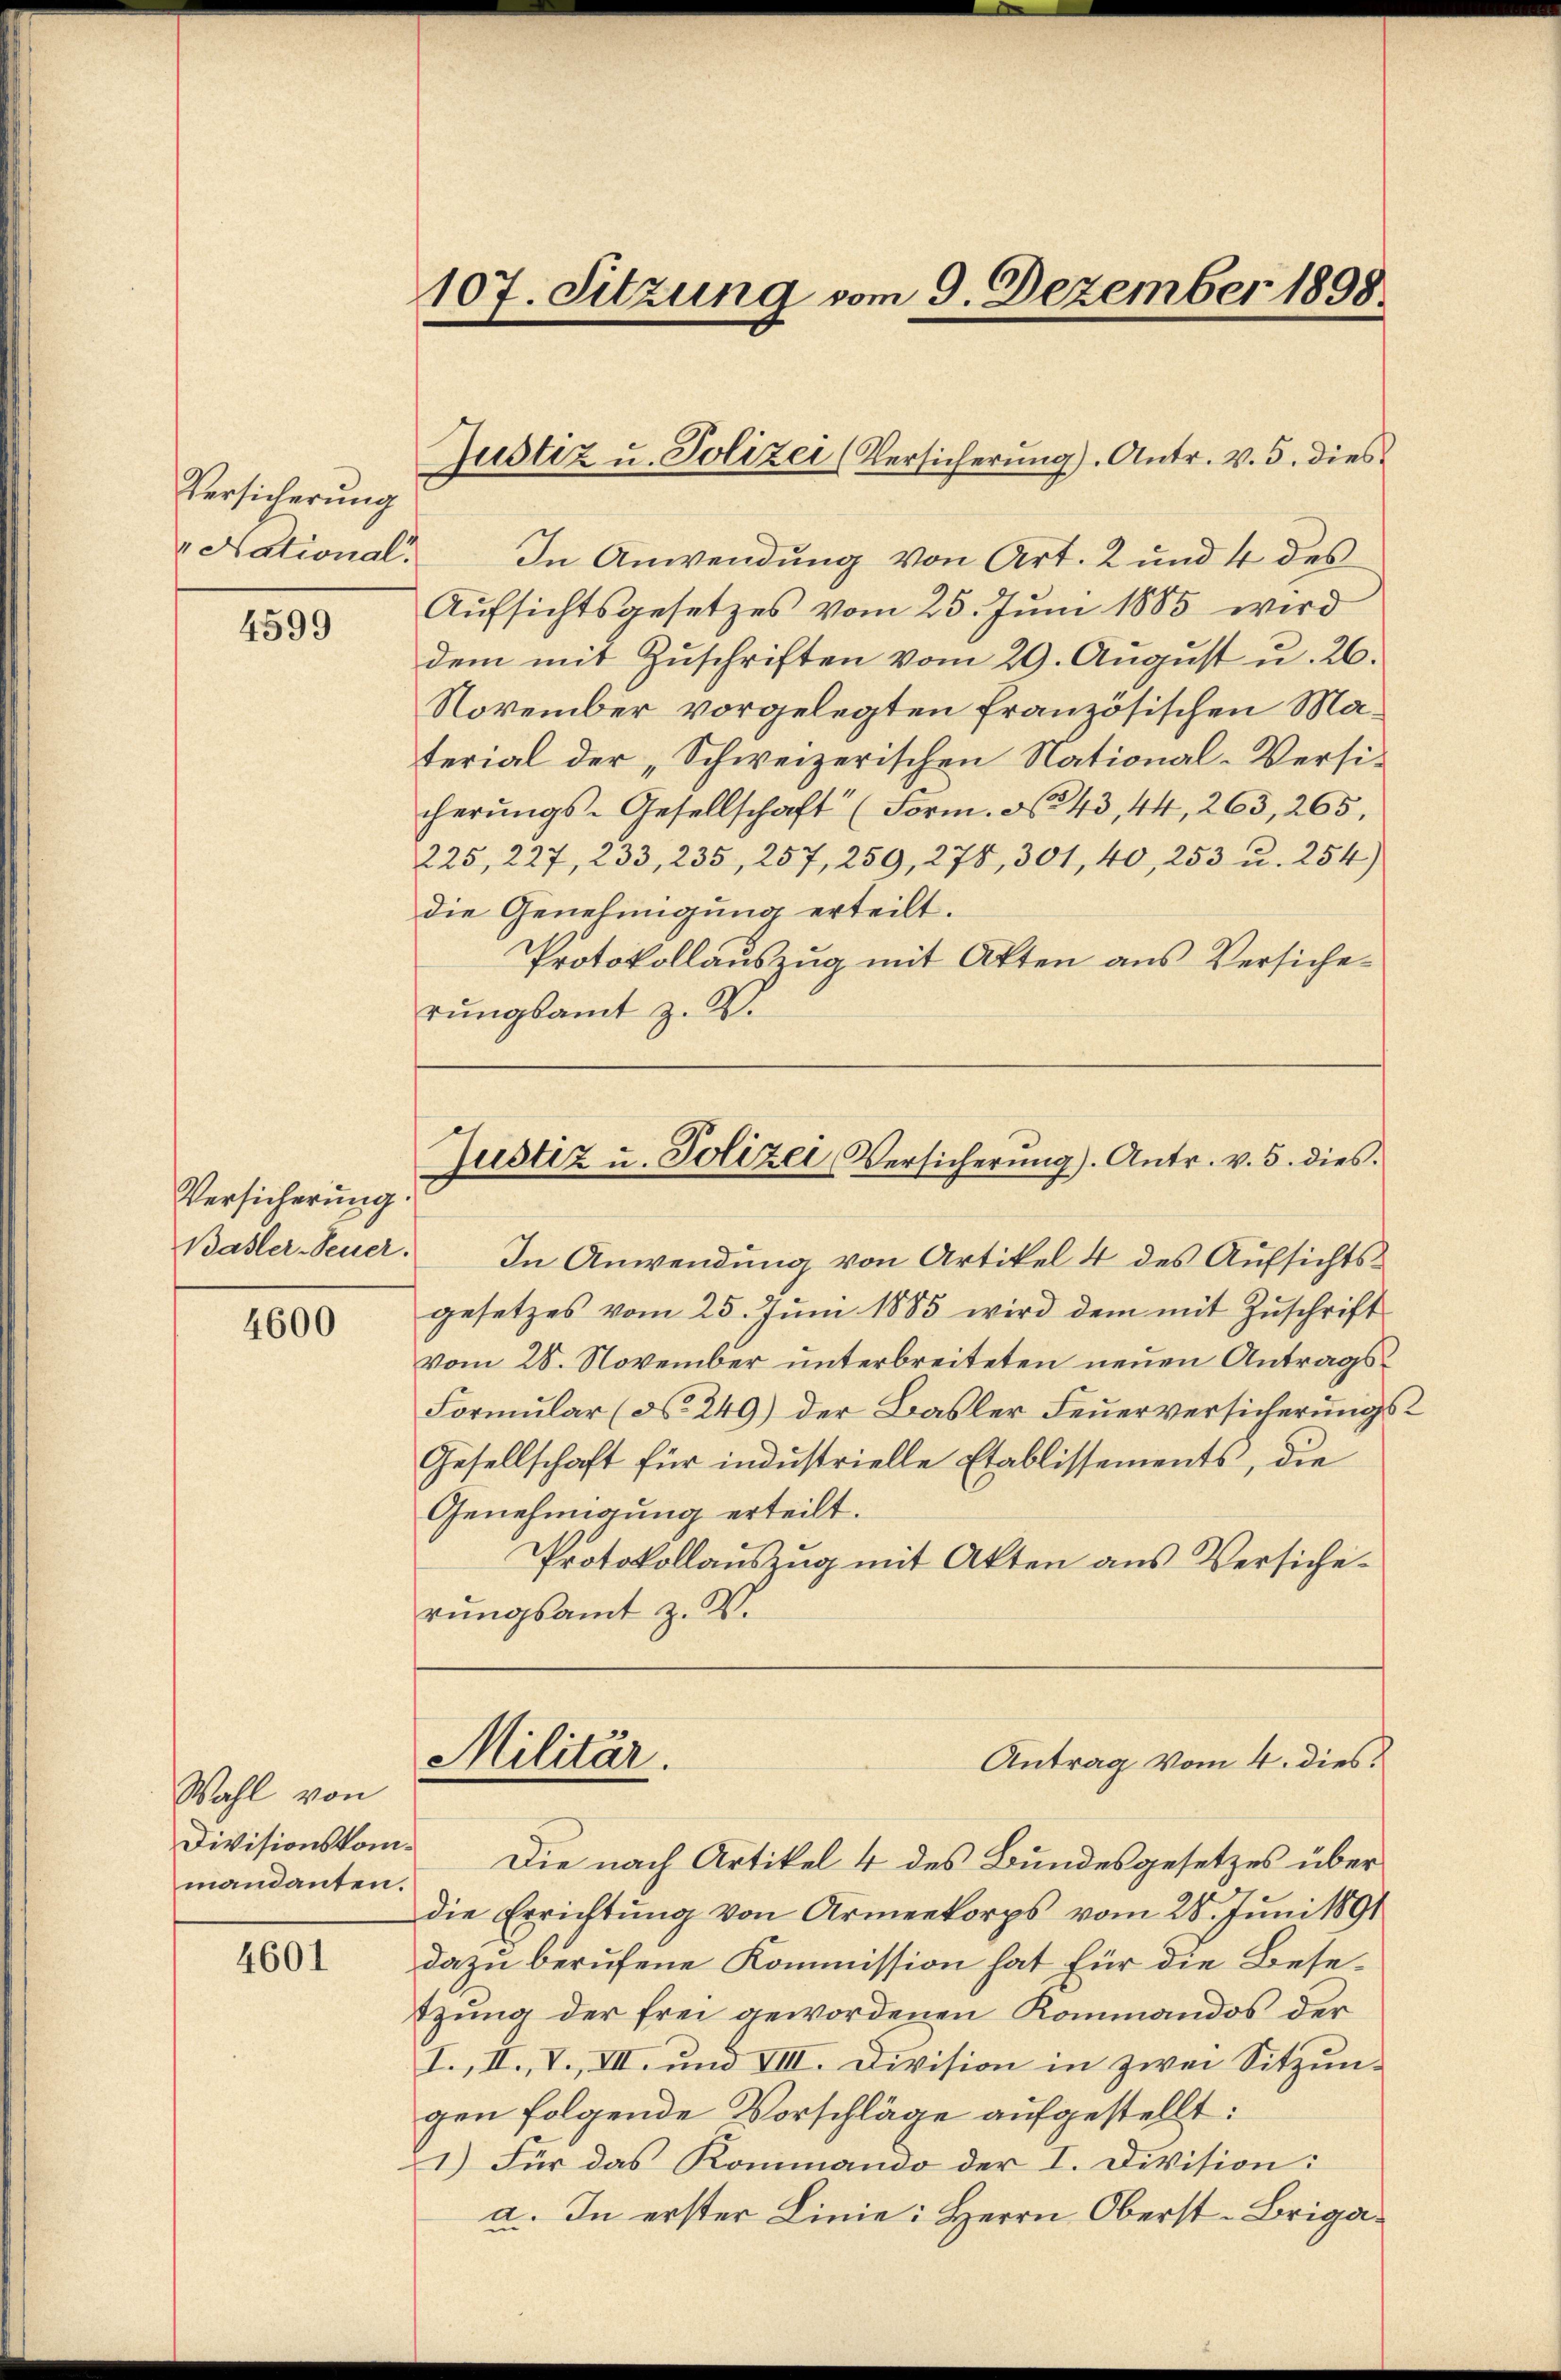
Versicherung
" National

4599

Versicherung.
Basler-Feuer.

4600

Wahl von
Divisionskommandanten.

4601

107. Sitzung vom 9. Dezember 1898.

Justiz u. Polizei (Versicherŭng). Antr. v. 5. dies

In Anwendung von Art. 2 und 4 des
Aufsichtsgesetzes vom 25. Juni 1885 wird
dem mit Zŭschriften vom 29. August u. 26.
November vorgelegten französischen Material der „Schweizerischen National-Versicherungs-Gesellschaft (Form. No 43, 44, 263, 265,
225, 227, 233, 235, 257, 259, 278, 301, 40, 253 u. 254)
die Genehmigung erteilt.
Protokollauszug mit Akten aus Versicherungsamt z. B.
In Anwendung von Artikel 4 des Aufsichtsgesetzes vom 25. Jŭni 1885 wird dem mit Zŭschrift
vom 28. November unterbreiteten neuen Antrags¬
Formular (No. 249) der Basler Feuerversicherungs
Gesellschaft für industrielle Etablissements, die
Genehmigung erteilt.
Protokollauszug mit Akten aus Versicherungsamt z. B.
Militär.
Antrag vom 4. dies.
Die nach Artikel 4 des Bundesgesetzes über
die Errichtŭng von Armeekorps vom 28. Jŭni 1891
dazu berufene Kommission hat für die Besetzung der frei gewordenen Kommandos der
I., II., V., VII. und VIII. Division in zwei Sitzungen folgende Vorschläge aufgestellt:
1) Für das Kommando der I. Division:
a. In erster Linie: Herrn Oberst-Briga¬

Justiz u. Polizei Versicherŭng). Antr. v. 5. dies